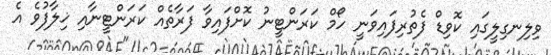
ވިލިނގިލީގައި ކޮވިޑް ފެތުރިފައިވަނީ ހޯމް ކަރަންޓީނު ކޮށްފައިވާ ފަރާތެއް ކަރަންޓީނާއި ޚިލާފުވެ އެ